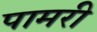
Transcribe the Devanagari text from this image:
पामरी